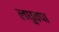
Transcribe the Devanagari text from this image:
लघुवपा